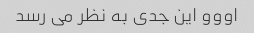
اووو این جدی به نظر می رسد